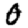
Digit: 0